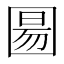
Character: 𫭍